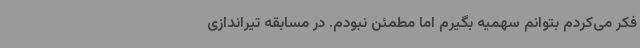
فکر می‌کردم بتوانم سهمیه بگیرم اما مطمئن نبودم. در مسابقه تیراندازی